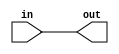
module comb_block
#(
	parameter WIDTH = 5
)
(
input [WIDTH-1:0] in,
output reg [WIDTH-1:0] out
);

always@* out = in; 

endmodule